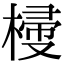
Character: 𣖽